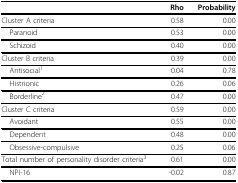
|  | Rho | Probability |
 | --- | --- | --- |
 | Cluster A criteria | 0.58 | 0.00 |
 | Paranoid | 0.53 | 0.00 |
 | Schizoid | 0.40 | 0.00 |
 | Cluster B criteria | 0.39 | 0.00 |
 | Antisocial1 | 0.04 | 0.78 |
 | Histrionic | 0.26 | 0.06 |
 | Borderline2 | 0.47 | 0.00 |
 | Cluster C criteria | 0.59 | 0.00 |
 | Avoidant | 0.55 | 0.00 |
 | Dependent | 0.48 | 0.00 |
 | Obsessive-compulsive | 0.25 | 0.06 |
 | Total number of personality disorder criteria3 | 0.61 | 0.00 |
 | NPI-16 | -0.02 | 0.87 |